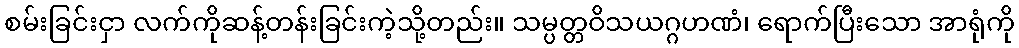
စမ်းခြင်းငှာ လက်ကိုဆန့်တန်းခြင်းကဲ့သို့တည်း။ သမ္ပတ္တဝိသယဂ္ဂဟဏံ၊ ရောက်ပြီးသော အာရုံကို